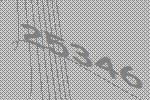
25346